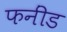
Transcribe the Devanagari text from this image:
फनींड